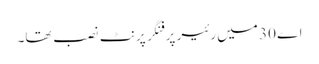
اے 30 میں رئیر پر فنگر پرنٹ نصب تھا۔